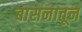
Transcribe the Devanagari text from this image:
बासनातून